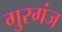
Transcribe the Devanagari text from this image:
गुरगंज